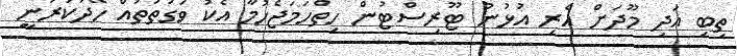
ތިބި އަދި މޫދަށް އެރި އުޅުނު ޓޫރިސްޓުން ހިތްހަމަޖެހުމާ އެކު ވަގުތުތައް ހޭދަކުރަނީ